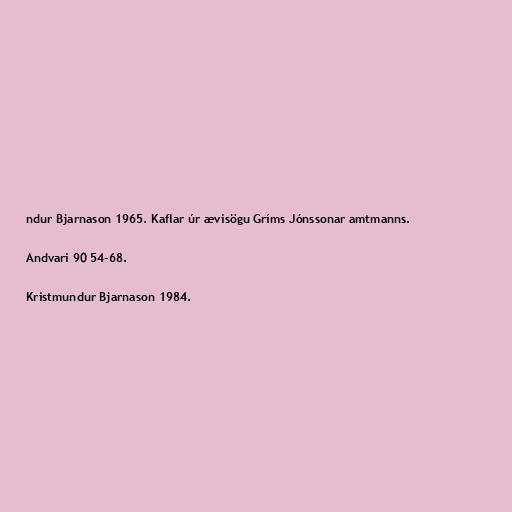
ndur Bjarnason 1965. Kaflar úr ævisögu Gríms Jónssonar amtmanns.

Andvari 90 54-68.

Kristmundur Bjarnason 1984.